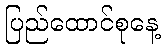
ပြည်ထောင်စုနေ့